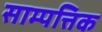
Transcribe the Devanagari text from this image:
साम्पत्तिक